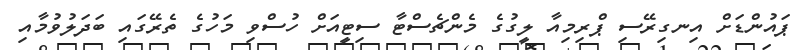
ޕައުންޑަށް އިނގިރޭސި ޕްރިމިއާ ލީގުގެ މެންޗެސްޓާ ސިޓީއަށް ހުސްވި މަހުގެ ތެރޭގައި ބަދަލުވުމާއި